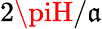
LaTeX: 2\piH/\mathfrak{a}